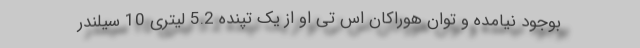
بوجود نیامده و توان هوراکان اس تی او از یک تپنده 5.2 لیتری 10 سیلندر